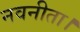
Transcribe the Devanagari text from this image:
नवनीता।